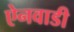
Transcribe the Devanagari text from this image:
ऐनवाडी